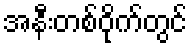
အနီးတစ်ဝိုက်တွင်